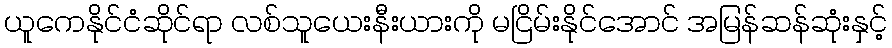
ယူကေနိုင်ငံဆိုင်ရာ လစ်သူယေးနီးယားကို မငြိမ်းနိုင်အောင် အမြန်ဆန်ဆုံးနှင့်